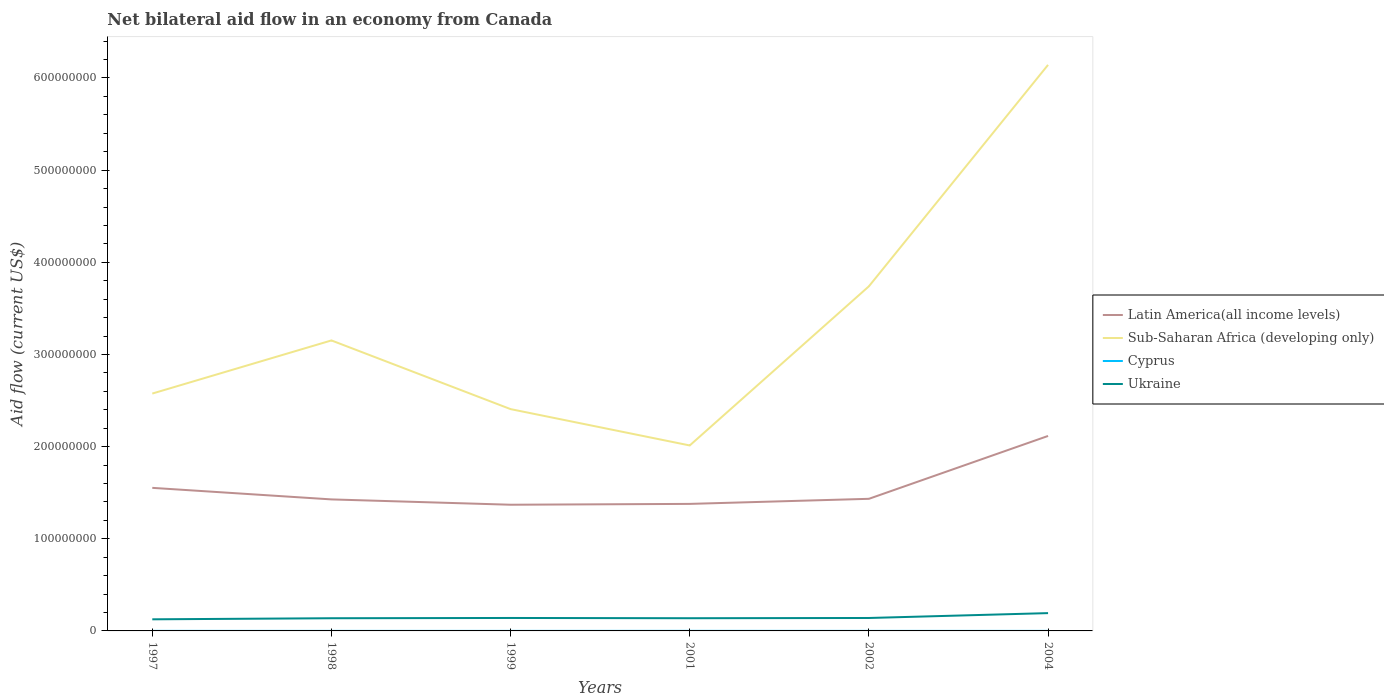
| Years | Latin America(all income levels) | Sub-Saharan Africa (developing only) | Cyprus | Ukraine |
 | --- | --- | --- | --- | --- |
 | 1997 | 1.55e+08 | 2.58e+08 | 5e+04 | 1.26e+07 |
 | 1998 | 1.43e+08 | 3.15e+08 | 3e+04 | 1.38e+07 |
 | 1999 | 1.37e+08 | 2.41e+08 | 3e+04 | 1.40e+07 |
 | 2001 | 1.38e+08 | 2.01e+08 | 7e+04 | 1.38e+07 |
 | 2002 | 1.43e+08 | 3.74e+08 | 3e+04 | 1.4e+07 |
 | 2004 | 2.12e+08 | 6.14e+08 | 3e+04 | 1.93e+07 |